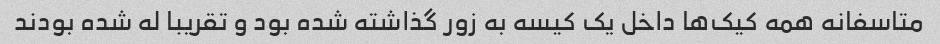
متاسفانه همه کیک‌ها داخل یک کیسه به زور گذاشته شده بود و تقریبا له شده بودند